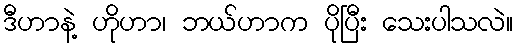
ဒီဟာနဲ့ ဟိုဟာ၊ ဘယ်ဟာက ပိုပြီး သေးပါသလဲ။